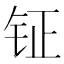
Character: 钲